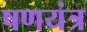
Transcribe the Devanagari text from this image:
षणयंत्र